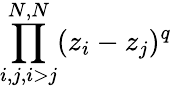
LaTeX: \prod_{i,j,i>j}^{N,N}(z_{i}-z_{j})^{q}